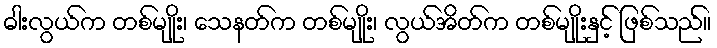
ဓါးလွယ်က တစ်မျိုး၊ သေနတ်က တစ်မျိုး၊ လွယ်အိတ်က တစ်မျိုးနှင့် ဖြစ်သည်။